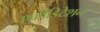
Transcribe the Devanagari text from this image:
एक्रीडिटेशन